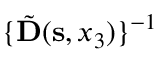
\{ \tilde { \bf D } ( { \bf s } , x _ { 3 } ) \} ^ { - 1 }